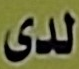
لدى